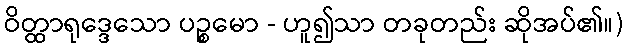
ဝိတ္ထာရုဒ္ဒေသော ပဉ္စမော - ဟူ၍သာ တခုတည်း ဆိုအပ်၏။)